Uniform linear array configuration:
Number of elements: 64
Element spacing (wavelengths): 1
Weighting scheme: binomial
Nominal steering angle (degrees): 45
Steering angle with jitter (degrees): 45.655
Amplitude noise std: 0.05
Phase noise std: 0.05

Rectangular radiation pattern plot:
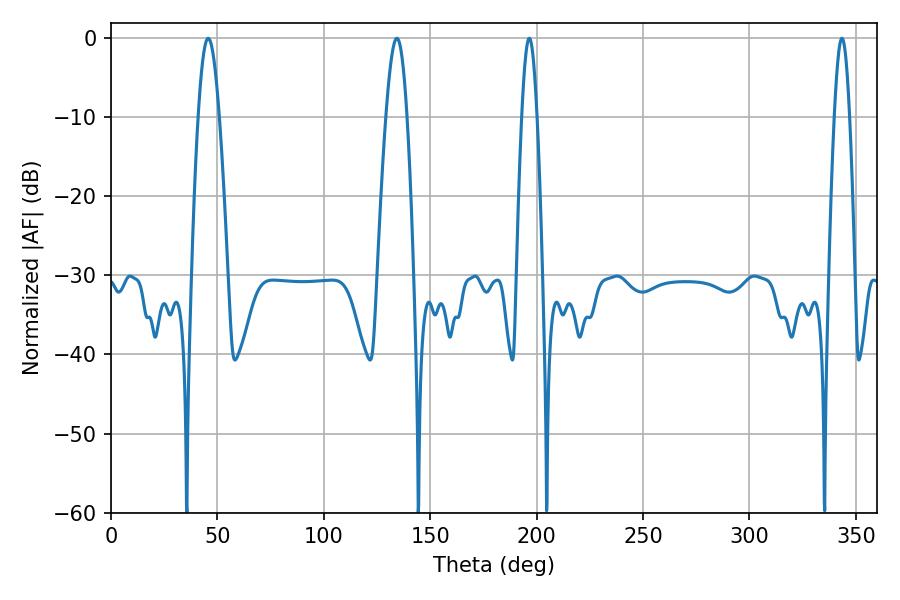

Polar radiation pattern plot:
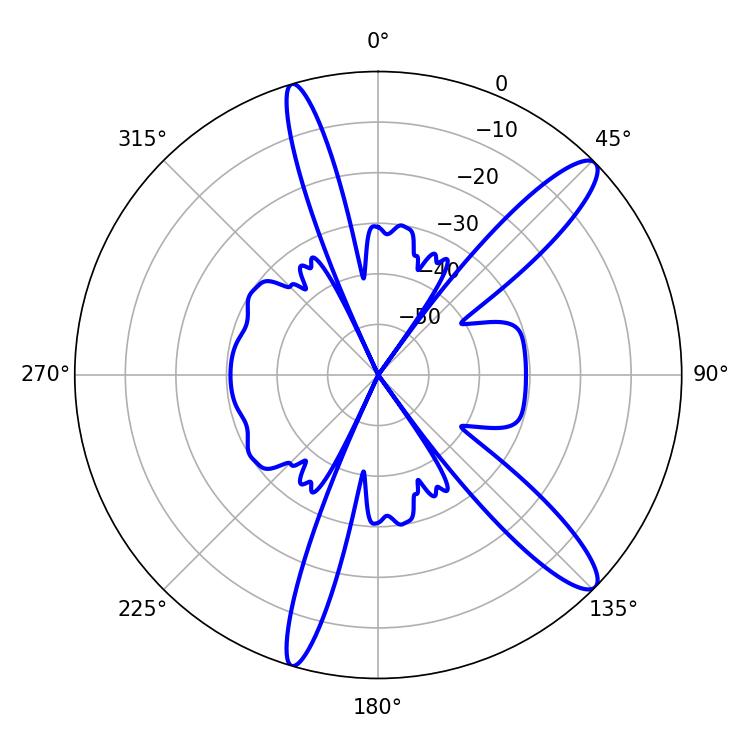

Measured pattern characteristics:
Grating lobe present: TRUE
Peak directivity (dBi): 12.856
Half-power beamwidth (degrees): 3.96
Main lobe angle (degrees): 196.56